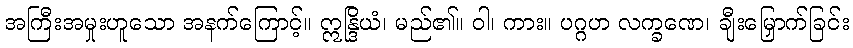
အကြီးအမှုးဟူသော အနက်ကြောင့်။ ဣန္ဒြိယံ၊ မည်၏။ ဝါ၊ ကား။ ပဂ္ဂဟ လက္ခဏေ၊ ချီးမြှောက်ခြင်း